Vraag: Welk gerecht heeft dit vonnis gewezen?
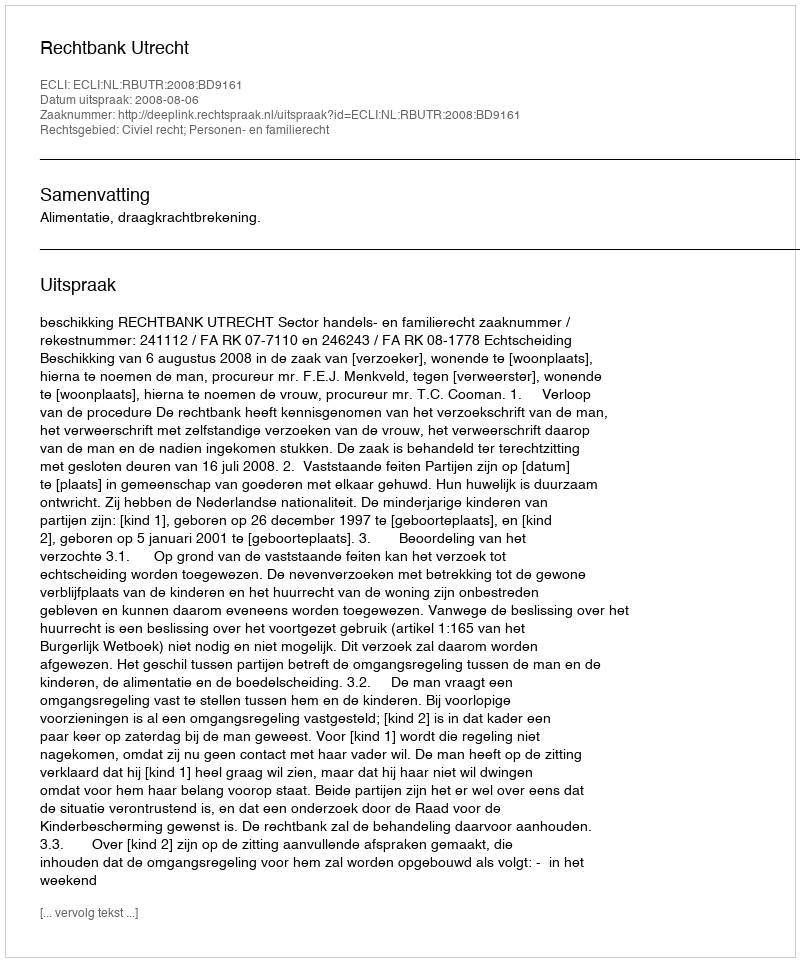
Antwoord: Rechtbank Utrecht